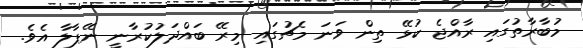
މުބާރާތުގައި ރާއްޖެ ކުޅޭ ތިން ވަނަ މެޗުގައި މިރޭ ބައްދަލުކުރާނީ ނޭޕާލާ އެވެ.